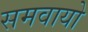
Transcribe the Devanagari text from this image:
समवायो